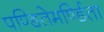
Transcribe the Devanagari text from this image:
पण्डितेमर्ण्डिता